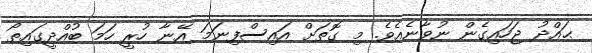
ޙައްދު ޖަހައިގެން ނުވާނެއެވެ. މި ގޮތަށް އައިސްފިނަމަ އޭނާ ހުރީ ހަމަ ބުއްދީގައިތޯ